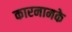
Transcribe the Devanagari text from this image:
कारनामके